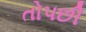
તોપછી